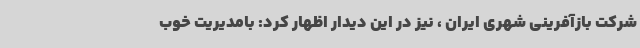
شرکت بازآفرینی شهری ایران ، نیز در این دیدار اظهار کرد: بامدیریت خوب